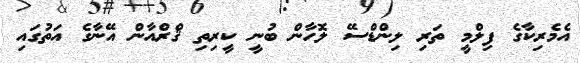
އެމެރިކާގެ ފިލްމީ ތަރި ލިންޑްސޭ ލޮހާން ބުނީ ކީރިތި ޤްރްއާން އޭނާގެ އަތުގައި